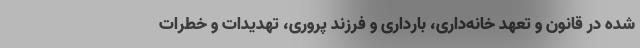
شده در قانون و تعهد خانه‌داری، بارداری و فرزند پروری، تهدیدات و خطرات